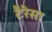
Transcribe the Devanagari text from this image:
टैरेसा